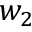
w _ { 2 }